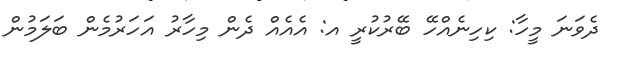
ދެވަނަ މީހާ: ކިހިނެއްހޭ ބޭރުކުރީ އ: އެއެއް ދެން މިހާރު އަހަރުމެން ބަލަމުން